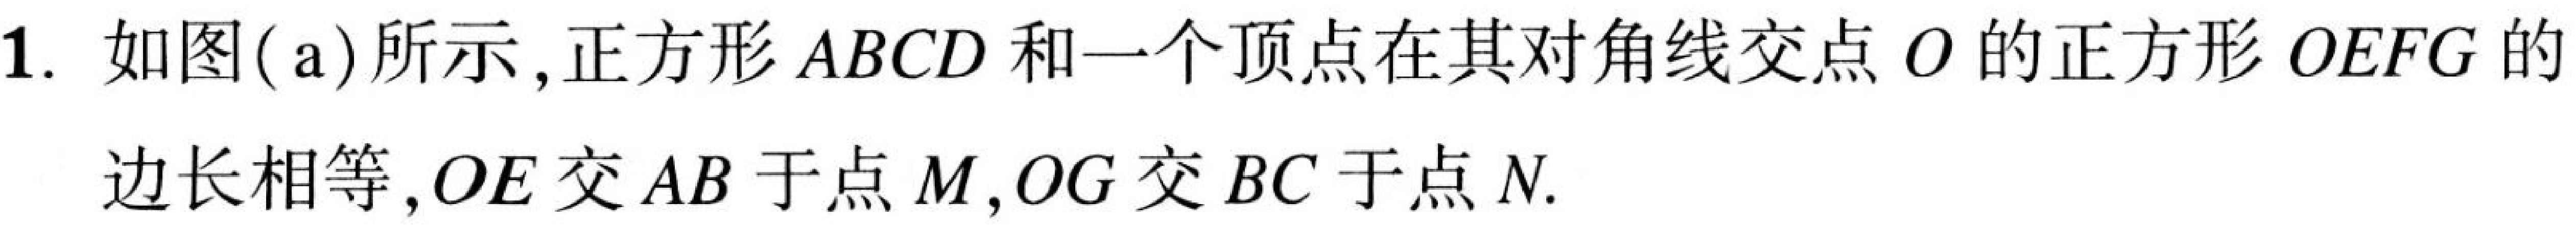
1. 如图( a)所示,正方形 \(ABCD\) 和一个顶点在其对角线交点 \(O\)的正方形 \(OEFG\)的
边长相等,\(OE\)交 \(AB\)于点 \(M\),\(OG\)交 \(BC\)于点 \(N\).